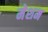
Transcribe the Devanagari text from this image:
मेशम